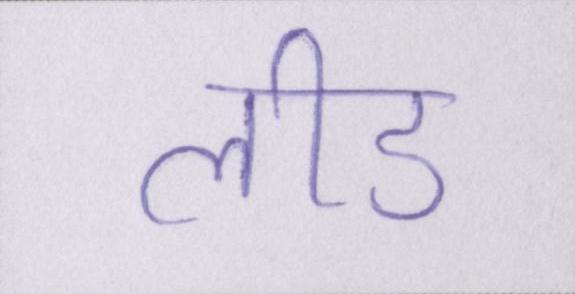
लीड